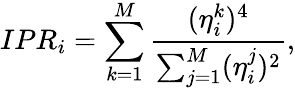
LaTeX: IPR_{i}=\sum_{k=1}^{M}\frac{(\eta_{i}^{k})^{4}}{\sum_{j=1}^{M}(\eta_{i}^{j})^{2}},